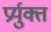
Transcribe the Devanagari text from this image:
प्रर्युक्त